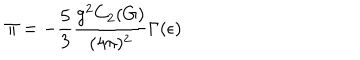
\Pi = - \frac { 5 } { 3 } \frac { g ^ { 2 } C _ { 2 } ( G ) } { ( 4 \pi ) ^ { 2 } } \Gamma ( \epsilon )